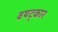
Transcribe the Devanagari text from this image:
वषट्कार